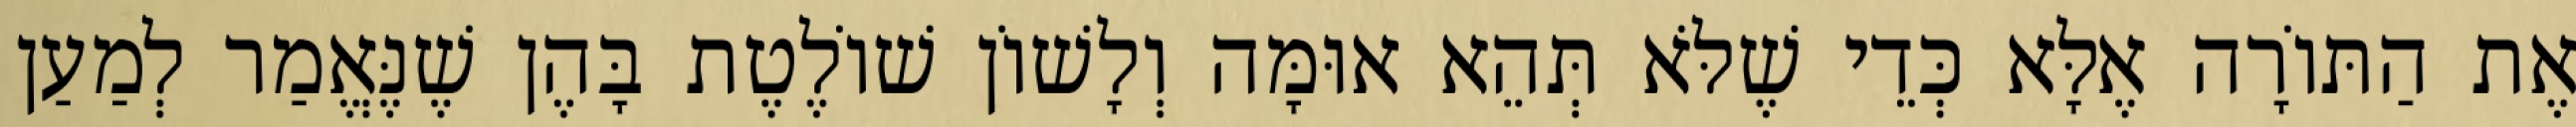
אֶת הַתּוֹרָה אֶלָּא כְּדֵי שֶׁלֹּא תְּהֵא אוּמָּה וְלָשׁוֹן שׁוֹלֶטֶת בָּהֶן שֶׁנֶּאֱמַר לְמַעַן